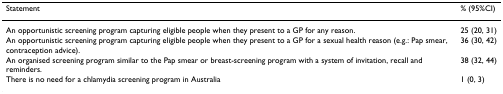
<table><thead><tr><td><b>Statement</b></td><td><b>% (95%CI)</b></td></tr></thead><tbody><tr><td>An opportunistic screening program capturing eligible people when they present to a GP for any reason.</td><td>25 (20, 31)</td></tr><tr><td>An opportunistic screening program capturing eligible people when they present to a GP for a sexual health reason (e.g.: Pap smear, contraception advice).</td><td>36 (30, 42)</td></tr><tr><td>An organised screening program similar to the Pap smear or breast-screening program with a system of invitation, recall and reminders.</td><td>38 (32, 44)</td></tr><tr><td>There is no need for a chlamydia screening program in Australia</td><td>1 (0, 3)</td></tr></tbody></table>